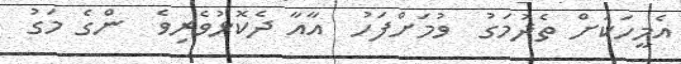
އެމީހަކަށް ތެދުމަގު  ވުމަށްފަހު  އާއާ ދެކޮޅުވެރިވެ  ންގެ މަގު